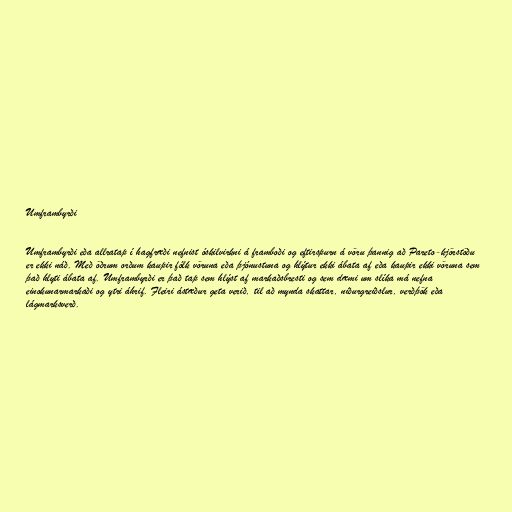
Umframbyrði

Umframbyrði eða allratap í hagfræði nefnist óskilvirkni á framboði og eftirspurn á vöru þannig að Pareto-kjörstöðu
er ekki náð. Með öðrum orðum kaupir fólk vöruna eða þjónustuna og hlýtur ekki ábata af eða kaupir ekki vöruna sem
það hlyti ábata af. Umframbyrði er það tap sem hlýst af markaðsbresti og sem dæmi um slíka má nefna
einokunarmarkaði og ytri áhrif. Fleiri ástæður geta verið, til að mynda skattar, niðurgreiðslur, verðþök eða
lágmarksverð.